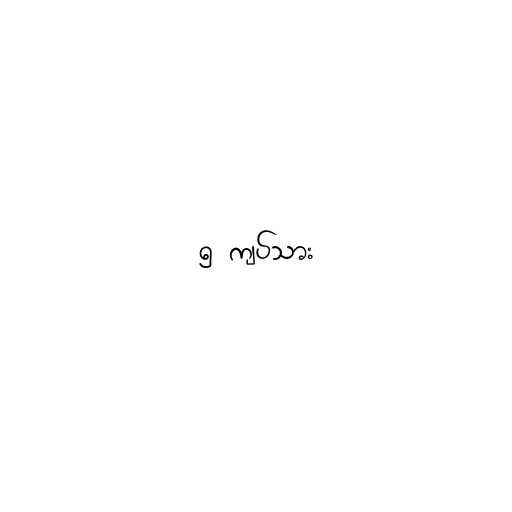
၅ ကျပ်သား